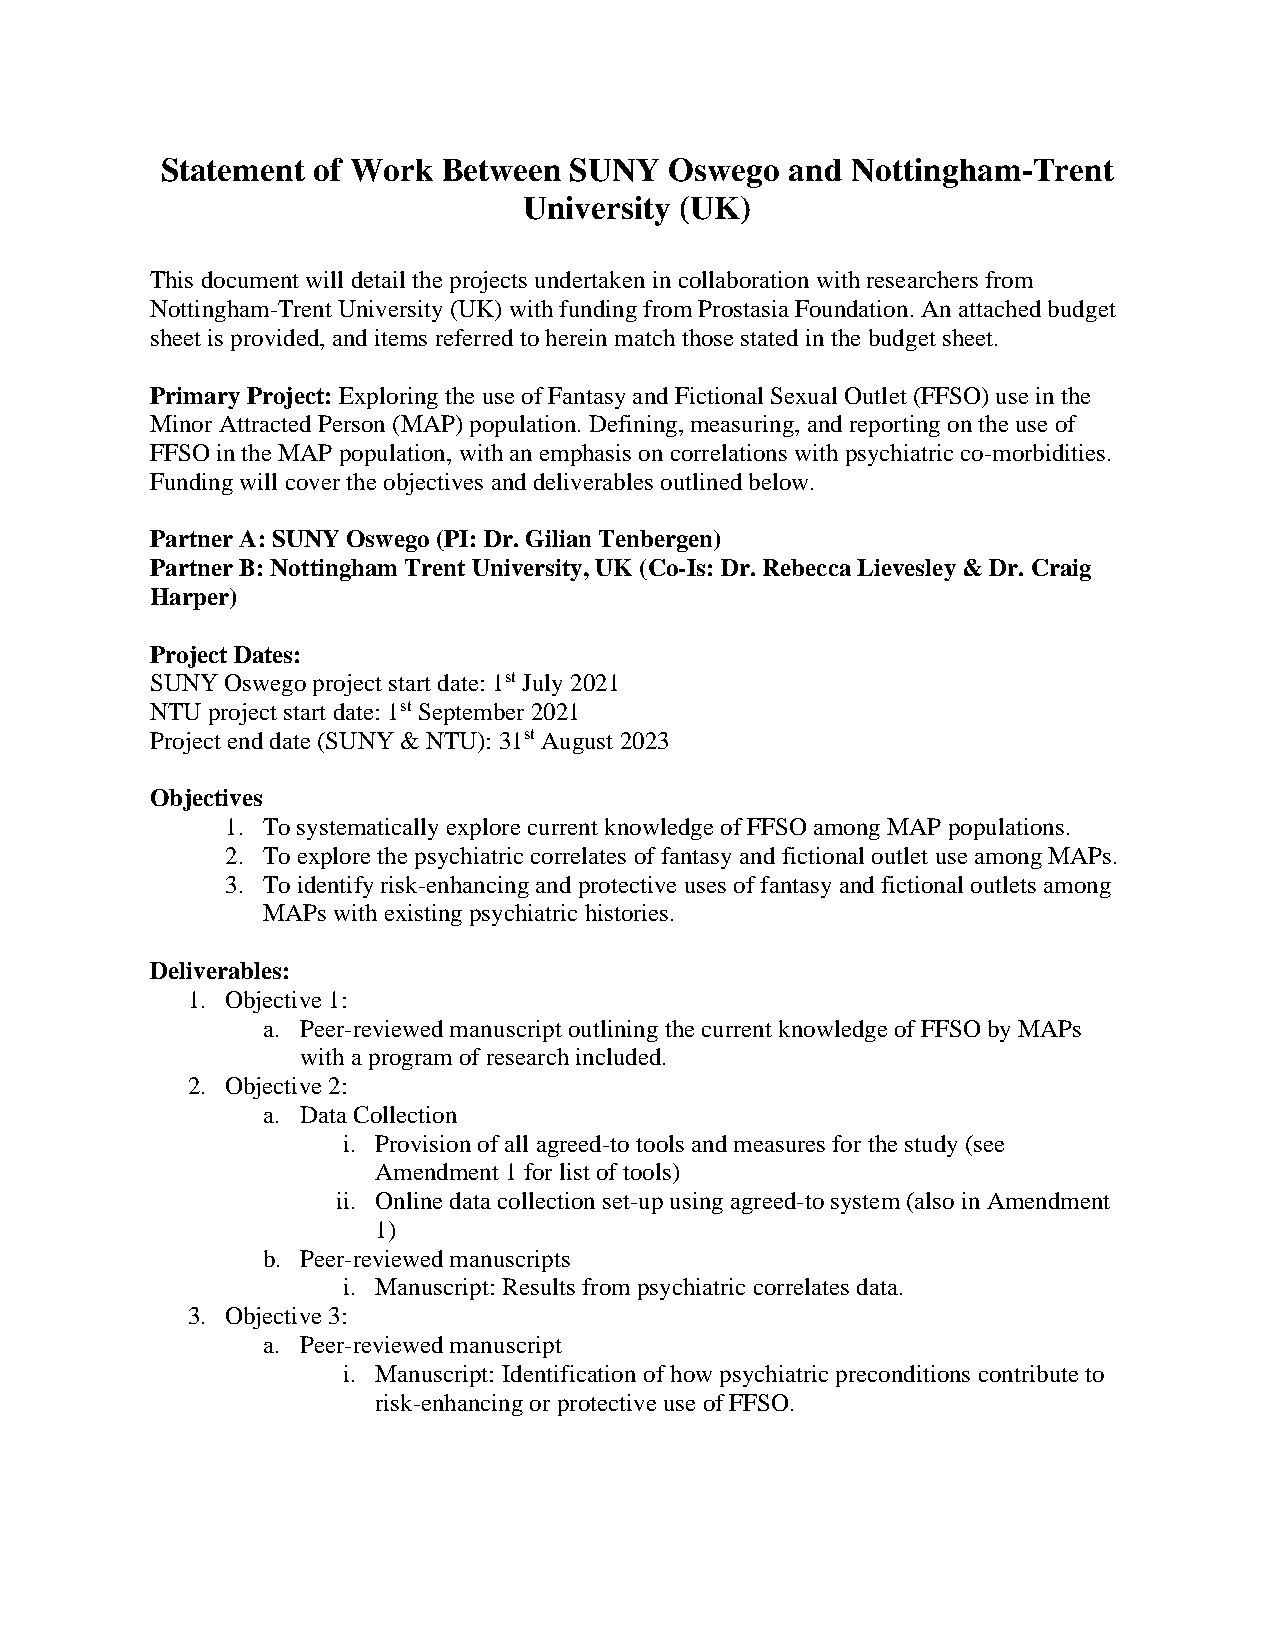
Statement of Work Between  SUNY  Oswego  and Nottingham-Trent
 University (UK)
 This document will detail the projects undertaken in collaboration with researchers from
 Nottingham-Trent University (UK) with funding from Prostasia Foundation. An attached budget
 sheet is provided, and items referred to herein match those stated in the budget sheet.
 Primary Project: Exploring the use of Fantasy and Fictional Sexual Outlet (FFSO) use in the
 Minor Attracted Person (MAP) population. Defining, measuring, and reporting on the use of
 FFSO in the MAP population, with an emphasis on correlations with psychiatric co-morbidities.
 Funding will cover the objectives and deliverables outlined below.
 Partner A: SUNY Oswego (PI: Dr. Gilian Tenbergen)
 Partner B: Nottingham Trent University, UK (Co-Is: Dr. Rebecca Lievesley & Dr. Craig
 Harper)
 Project Dates:
 SUNY Oswego project start date: 1st July 2021
 NTU project start date: 1st September 2021
 Project end date (SUNY & NTU): 31st August 2023
 Objectives
 1. To systematically explore current knowledge of FFSO among MAP populations.
 2. To explore the psychiatric correlates of fantasy and fictional outlet use among MAPs.
 3. To identify risk-enhancing and protective uses of fantasy and fictional outlets among
 MAPs with existing psychiatric histories.
 Deliverables:
 1. Objective 1:
 a. Peer-reviewed manuscript outlining the current knowledge of FFSO by MAPs
 with a program of research included.
 2. Objective 2:
 a. Data Collection
 i. Provision of all agreed-to tools and measures for the study (see
 Amendment 1 for list of tools)
 ii. Online data collection set-up using agreed-to system (also in Amendment
 1)
 b. Peer-reviewed manuscripts
 i. Manuscript: Results from psychiatric correlates data.
 3. Objective 3:
 a. Peer-reviewed manuscript
 i. Manuscript: Identification of how psychiatric preconditions contribute to
 risk-enhancing or protective use of FFSO.